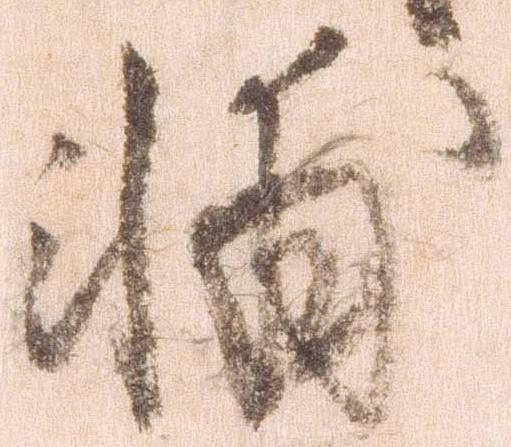
輔